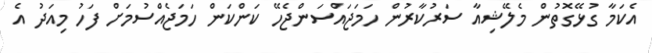
އެކަމާ ގުޅޭގޮތުން މެލޭޝިއާ ސަރުކާރުން ހަމަޖައްސަންޖެހޭ ކަންކަން ހަމަޖެއްސުމަށް ފަހު މިއަދު އެ